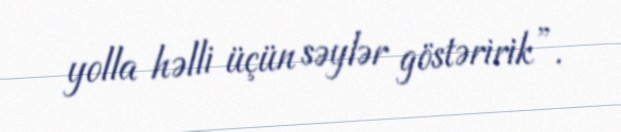
yolla həlli üçün səylər göstəririk”.